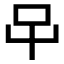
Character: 𱒅